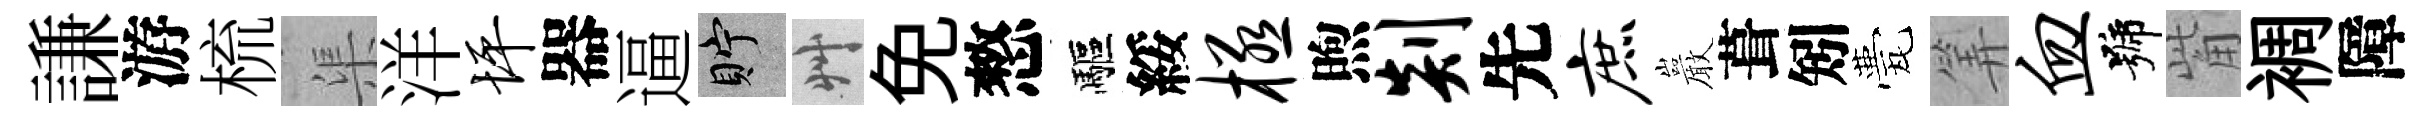
謙游梳渠洋坪器逼貯艸免憗驅綏极煦剡先庶巖葺矧甍筭血號觜裯障